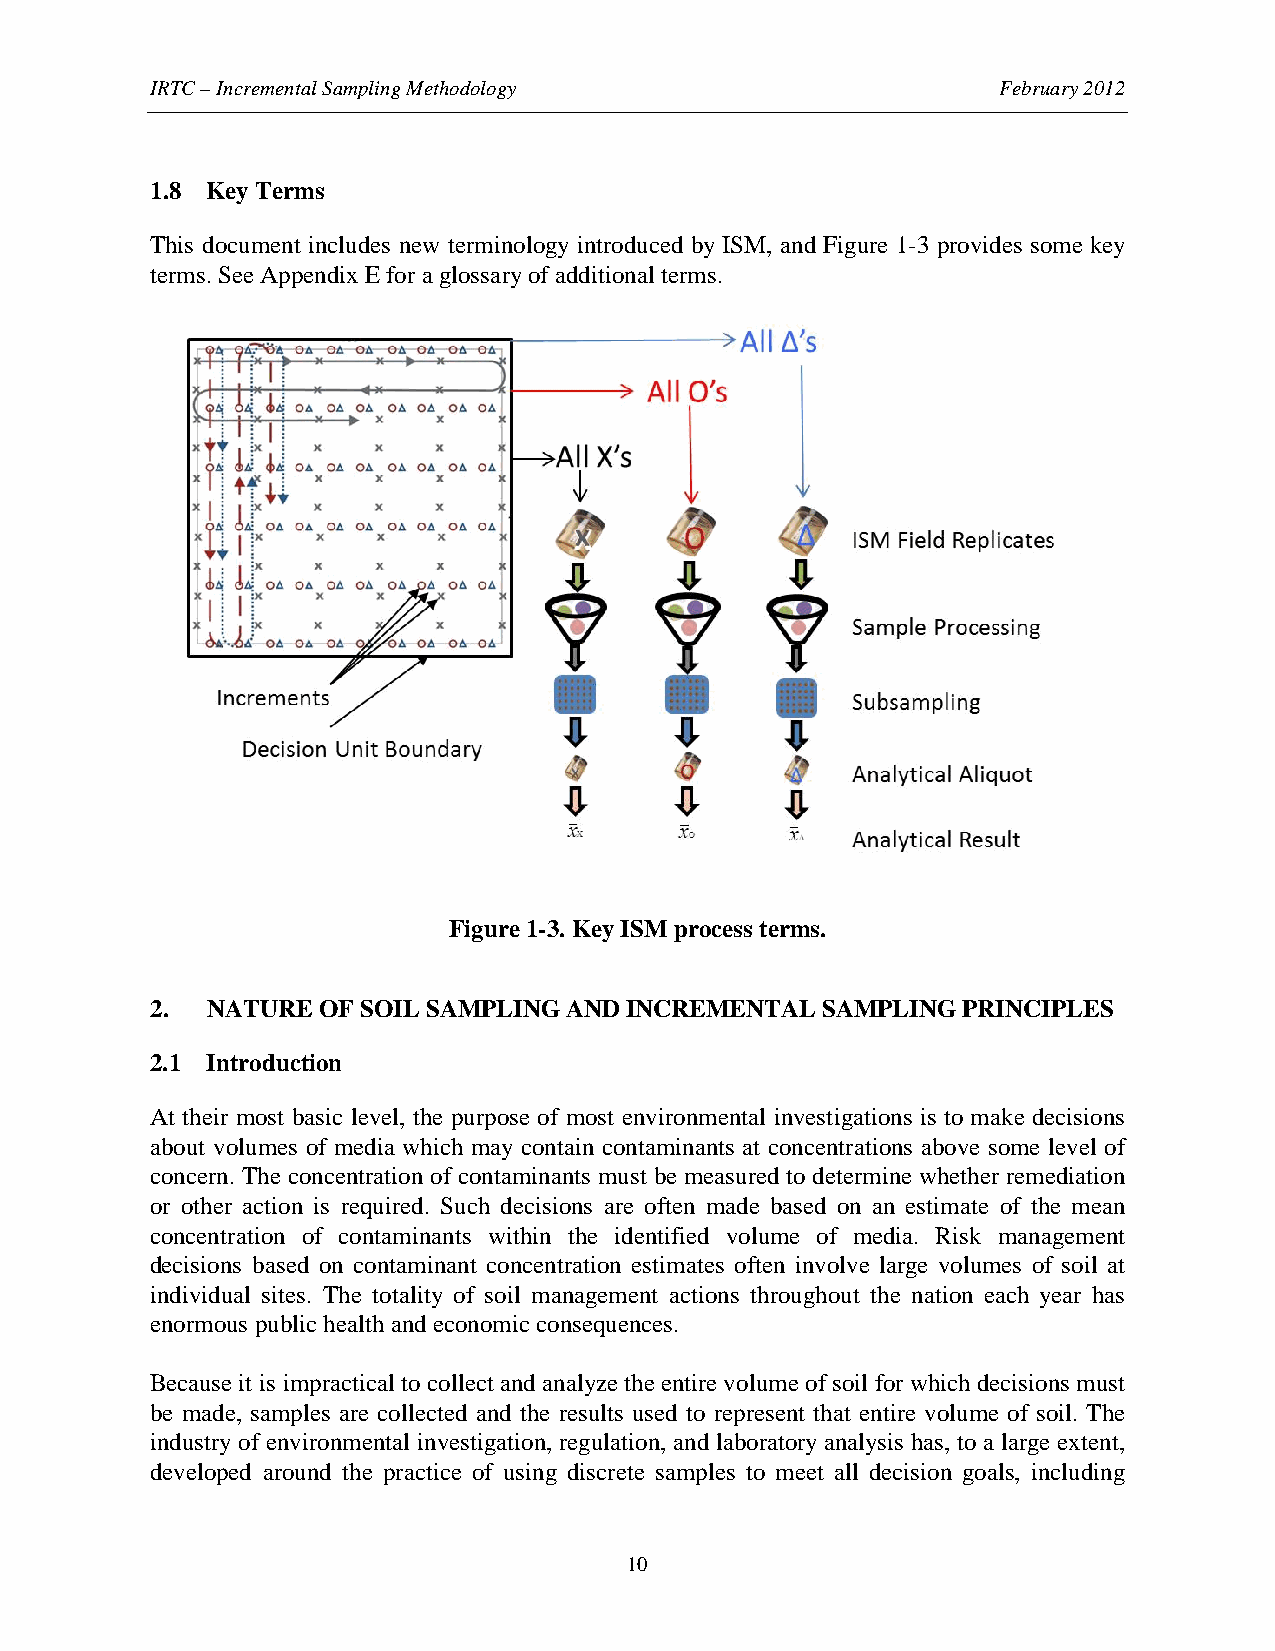
IRTC – Incremental Sampling Methodology                 February 2012
 1.8 Key Terms
 This document includes new terminology introduced by ISM, and Figure 1-3 provides some key
 terms. See Appendix E for a glossary of additional terms.
 Figure 1-3. Key ISM process terms.
 2.  NATURE OF SOIL SAMPLING AND INCREMENTAL SAMPLING  PRINCIPLES
 2.1 Introduction
 At their most basic level, the purpose of most environmental investigations is to make decisions
 about volumes of media which may contain contaminants at concentrations above some level of
 concern. The concentration of contaminants must be measured to determine whether remediation
 or other action is required. Such decisions are often made based on an estimate of the mean
 concentration of contaminants within the identified volume of media. Risk management
 decisions based on contaminant concentration estimates often involve large volumes of soil at
 individual sites. The totality of soil management actions throughout the nation each year has
 enormous public health and economic consequences.
 Because it is impractical to collect and analyze the entire volume of soil for which decisions must
 be made, samples are collected and the results used to represent that entire volume of soil. The
 industry of environmental investigation, regulation, and laboratory analysis has, to a large extent,
 developed around the practice of using discrete samples to meet all decision goals, including
 10